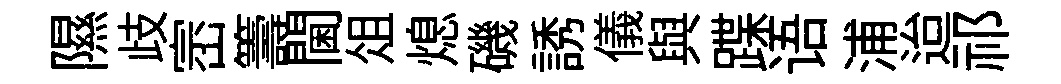
隰歧崈籌閫俎熄磯誘儀與蹀语浦迨祁